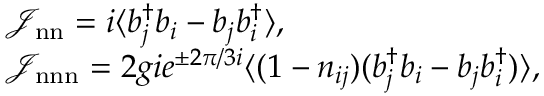
\begin{array} { r l } & { \mathcal { J } _ { \mathrm { n n } } = i \langle b _ { j } ^ { \dagger } b _ { i } - b _ { j } b _ { i } ^ { \dagger } \rangle , } \\ & { \mathcal { J } _ { \mathrm { n n n } } = 2 g i e ^ { \pm 2 \pi / 3 i } \langle ( 1 - n _ { i j } ) ( b _ { j } ^ { \dagger } b _ { i } - b _ { j } b _ { i } ^ { \dagger } ) \rangle , } \end{array}